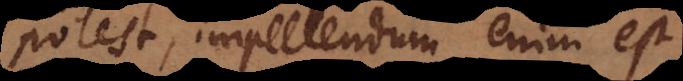
potest, impellendum enim est